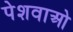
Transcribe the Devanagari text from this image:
पेशवाओ